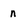
Character: n